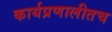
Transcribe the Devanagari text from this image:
कार्यप्रणालीतच